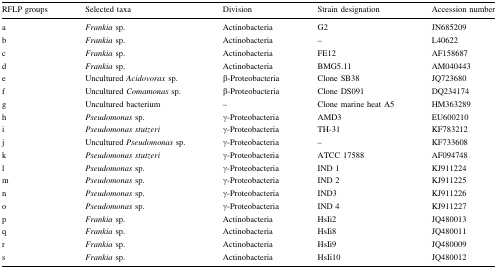
| RFLP groups | Selected taxa | Division | Strain designation | Accession number |
 | --- | --- | --- | --- | --- |
 | a | Frankia sp. | Actinobacteria | G2 | JN685209 |
 | b | Frankia sp. | Actinobacteria | – | L40622 |
 | c | Frankia sp. | Actinobacteria | FE12 | AF158687 |
 | d | Frankia sp. | Actinobacteria | BMG5.11 | AM040443 |
 | e | Uncultured Acidovorax sp. | β-Proteobacteria | Clone SB38 | JQ723680 |
 | f | Uncultured Comamonas sp. | β-Proteobacteria | Clone DS091 | DQ234174 |
 | g | Uncultured bacterium | – | Clone marine heat A5 | HM363289 |
 | h | Pseudomonas sp. | γ-Proteobacteria | AMD3 | EU600210 |
 | i | Pseudomonas stutzeri | γ-Proteobacteria | TH-31 | KF783212 |
 | j | Uncultured Pseudomonas sp. | γ-Proteobacteria | – | KF733608 |
 | k | Pseudomonasstutzeri | γ-Proteobacteria | ATCC 17588 | AF094748 |
 | l | Pseudomonas sp. | γ-Proteobacteria | IND 1 | KJ911224 |
 | m | Pseudomonas sp. | γ-Proteobacteria | IND 2 | KJ911225 |
 | n | Pseudomonas sp. | γ-Proteobacteria | IND3 | KJ911226 |
 | o | Pseudomonas sp. | γ-Proteobacteria | IND 4 | KJ911227 |
 | p | Frankia sp. | Actinobacteria | HsIi2 | JQ480013 |
 | q | Frankia sp. | Actinobacteria | HsIi8 | JQ480011 |
 | r | Frankia sp. | Actinobacteria | HsIi9 | JQ480009 |
 | s | Frankia sp. | Actinobacteria | HsIi10 | JQ480012 |